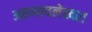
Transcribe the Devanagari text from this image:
अरुणाचलेस्वरा